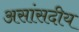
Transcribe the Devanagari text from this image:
असांसदीय